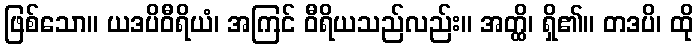
ဖြစ်သော။ ယဒပိဝီရိယံ၊ အကြင် ဝီရိယသည်လည်း။ အတ္ထိ၊ ရှိ၏။ တဒပိ၊ ထို